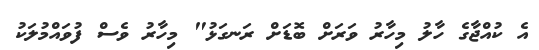
އެ ކުއްޖާގެ ހާލު މިހާރު ވަރަށް ބޮޑަށް ރަނގަޅު" މިހާރު ވެސް ފުވައްމުލަކު